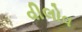
વીલોવ